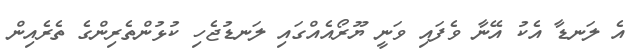
އެ ލަނޑާ އެކު އޭނާ ވެފައި ވަނީ ޔޫރޯއެއްގައި ލަނޑުޖެހި ކުޅުންތެރިންގެ ތެރެއިން